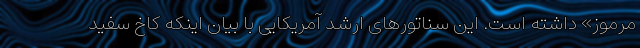
مرموز» داشته است. این سناتورهای ارشد آمریکایی با بیان اینکه کاخ سفید